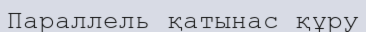
Параллель қатынас құру